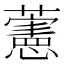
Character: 藼